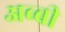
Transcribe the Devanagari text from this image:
अब्बी